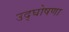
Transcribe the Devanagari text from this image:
उद्‌घोषणा